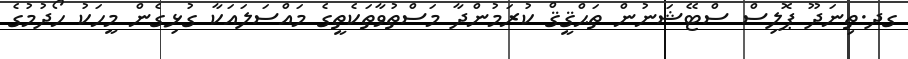
ގދ.ތިނަދޫ ޕޮލިސް ސްޓޭޝަނުން ތަޙްޤީޤް ކުރަމުންދާ މަސްތުވާތަކެތީގެ މައްސަލައަކާ ގުޅިގެން މީހަކު ހޯދުމުގެ